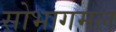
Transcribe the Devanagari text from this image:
सोभागमल